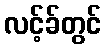
လင့်ခ်တွင်